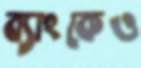
ব্যাংকেও